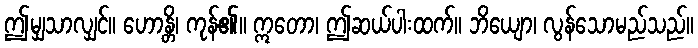
ဤမျှသာလျှင်။ ဟောန္တိ၊ ကုန်၏။ ဣတော၊ ဤဆယ်ပါးထက်။ ဘိယျော၊ လွန်သောမည်သည်။